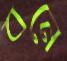
বনে